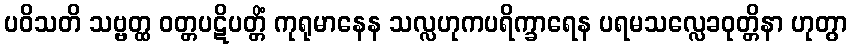
ပဝိသတိ သဗ္ဗတ္ထ ဝတ္တပဋိပတ္တိံ ကုရုမာနေန သလ္လဟုကပရိက္ခာရေန ပရမသလ္လေခဝုတ္တိနာ ဟုတွာ